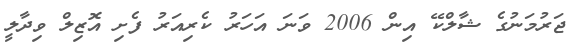
ޖަރުމަނުގެ ޝާލްކޭ އިން 2006 ވަނަ އަހަރު ކެރިއަރު ފެށި އޮޒިލް ވިދާލީ